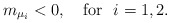
\begin{align*} m_{\mu_i}<0,\,\,\,\,\,\, \mbox{for}\,\,\,\, i=1,2.\end{align*}